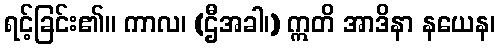
ရင့်ခြင်း၏။ ကာလ၊ (ဌီအခါ၊) ဣတိ အာဒိနာ နယေန၊